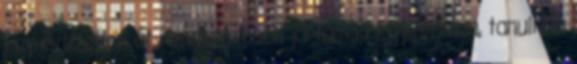
egy évtizeden át rendszeresen jártam ki Egyiptomba, tanulni a